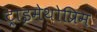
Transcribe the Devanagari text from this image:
ट्राइमेथोप्रिम